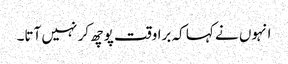
انہوں نے کہا کہ برا وقت پوچھ کر نہیں آتا۔